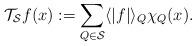
LaTeX: \begin{align*}\mathcal{T}_{\mathcal S}f(x):=\sum_{Q\in \mathcal S}\langle|f|\rangle_Q\chi_Q(x).\end{align*}